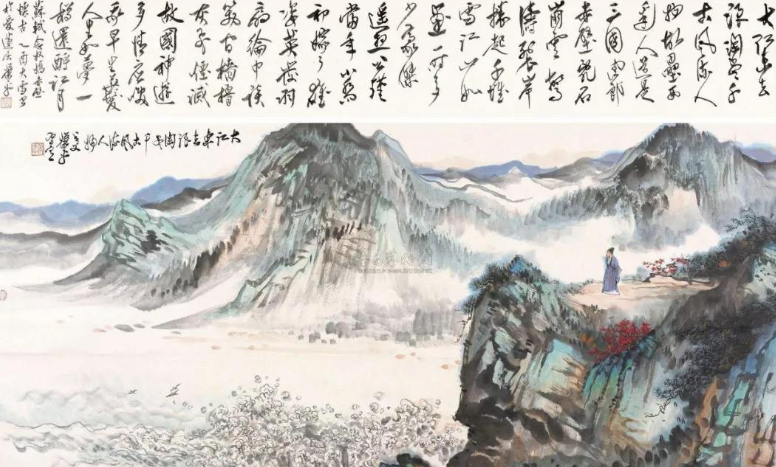
平生塞北江南，归来华发苍颜。